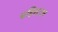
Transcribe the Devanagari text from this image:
बहिशाःल